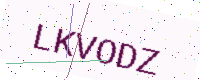
Text: LKVODZ